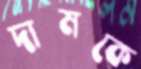
দামকে